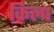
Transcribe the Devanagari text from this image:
किल्प